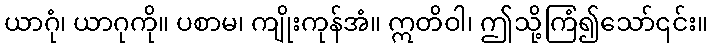
ယာဂုံ၊ ယာဂုကို။ ပစာမ၊ ကျိုးကုန်အံ။ ဣတိဝါ၊ ဤသို့ကြံ၍သော်၎င်း။